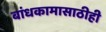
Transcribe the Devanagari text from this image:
बांधकामासाठीही